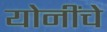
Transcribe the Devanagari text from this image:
योनींचे